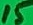
Text: 15